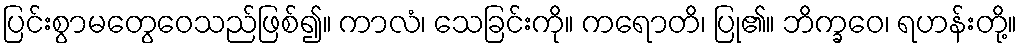
ပြင်းစွာမတွေဝေသည်ဖြစ်၍။ ကာလံ၊ သေခြင်းကို။ ကရောတိ၊ ပြု၏။ ဘိက္ခဝေ၊ ရဟန်းတို့။